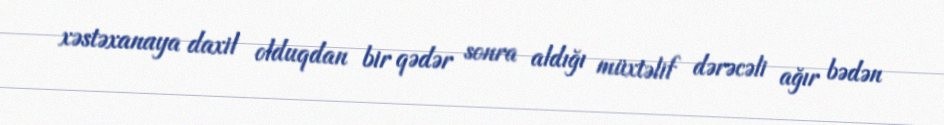
xəstəxanaya daxil olduqdan bir qədər sonra aldığı müxtəlif dərəcəli ağır bədən